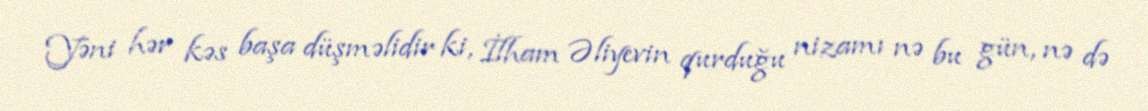
Yəni hər kəs başa düşməlidir ki, İlham Əliyevin qurduğu nizamı nə bu gün, nə də